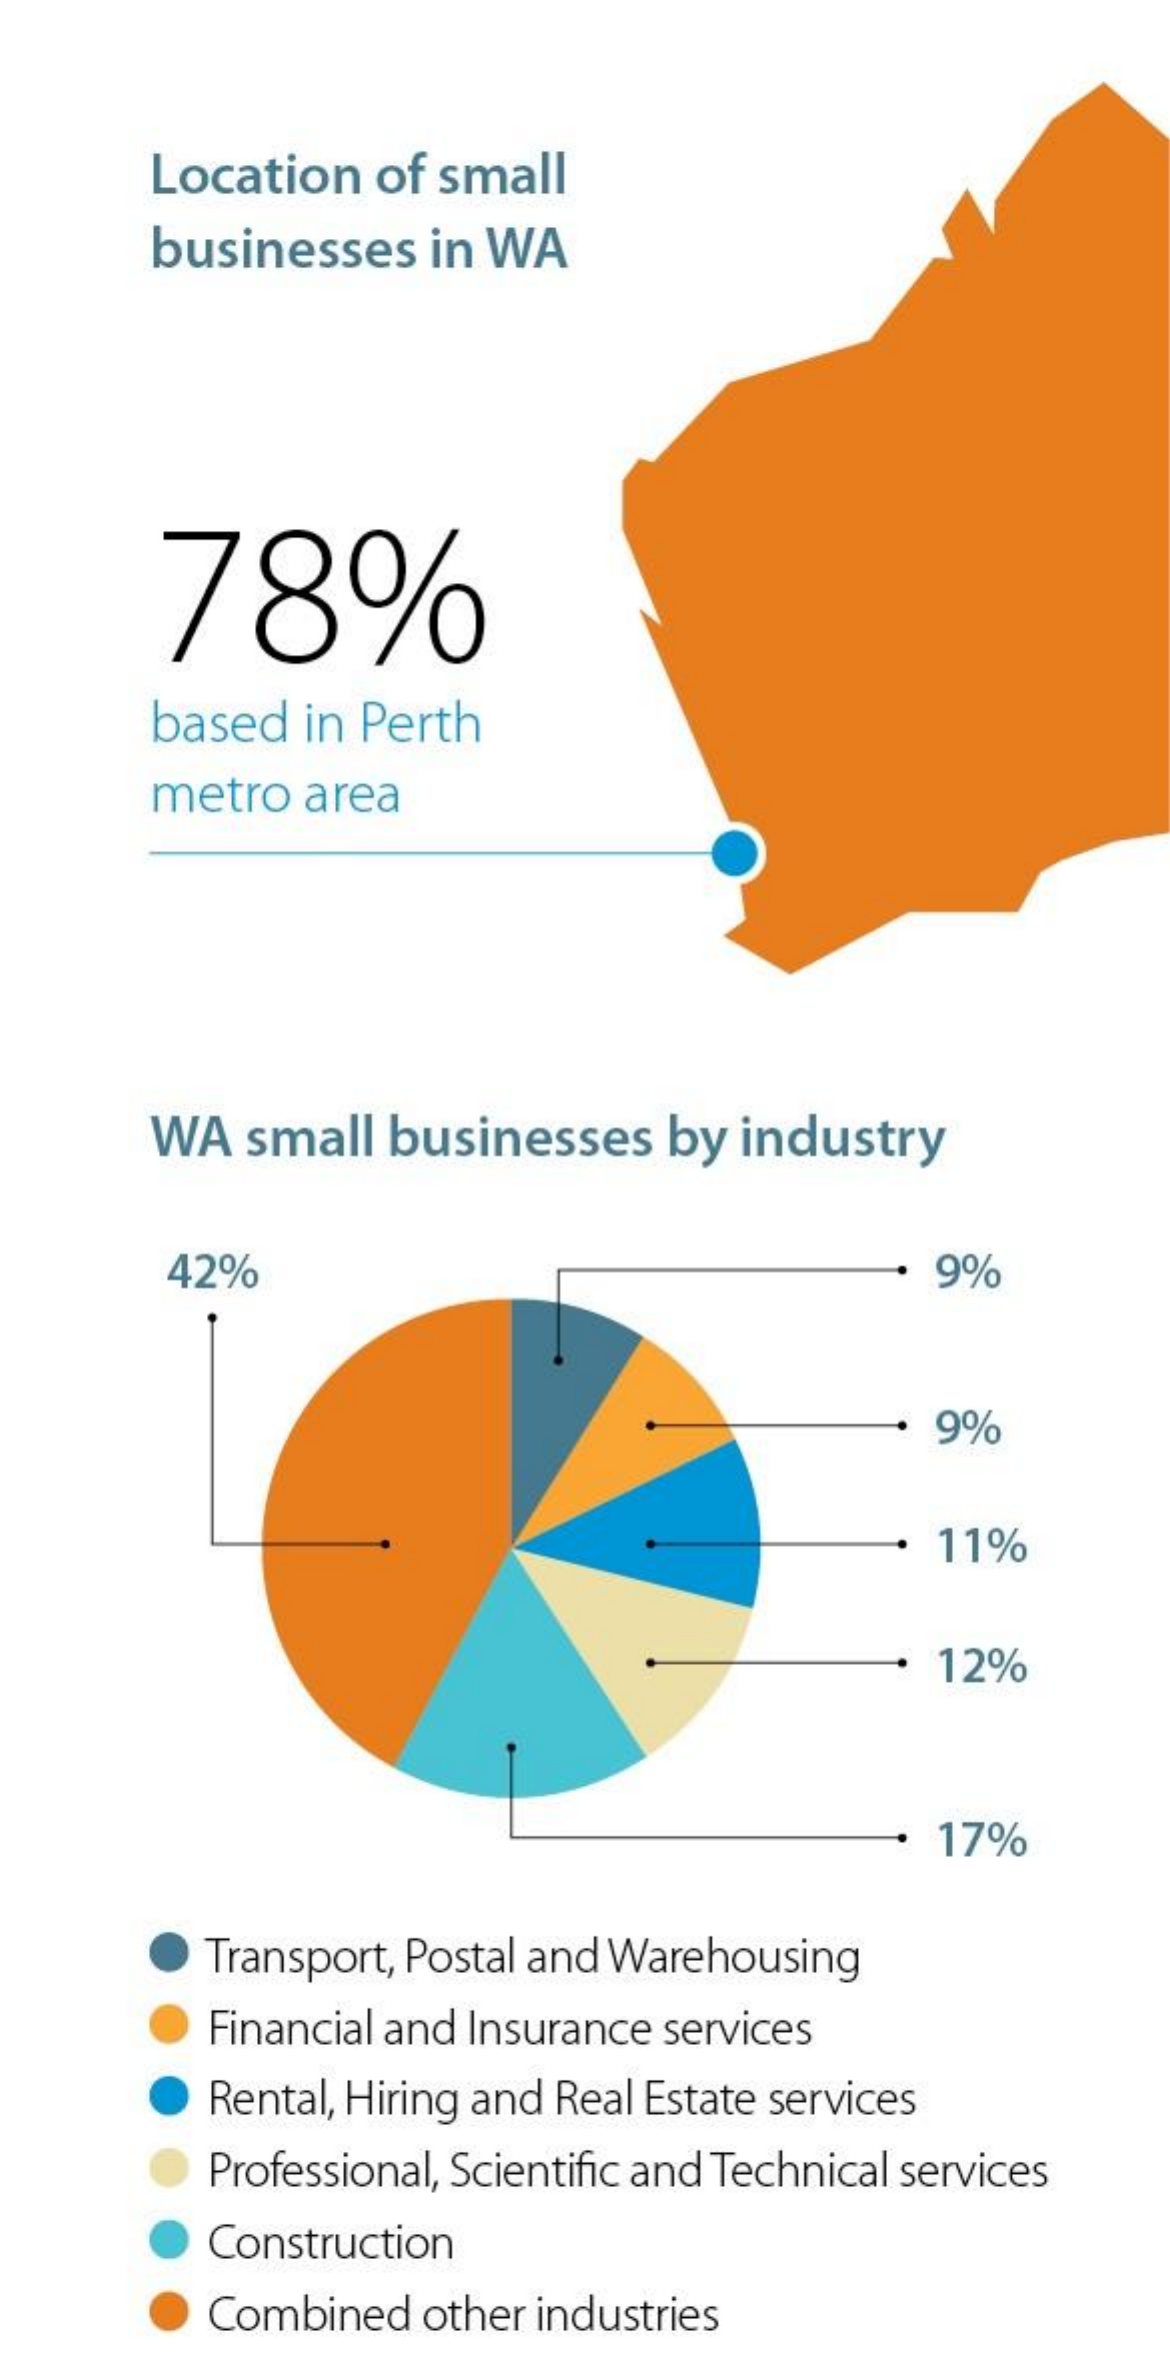
Location   of  small
     businesses    in WA
     78%
     based   in Perth
     metro   area
     WA   small  businesses    by  industry
     42%    9%
     9%
     11%
     12%
     17%
     Transport, Postal and Warehousing
     Financial and Insurance services
     Rental, Hiring and Real Estate services
     Professional, Scientific and Technical services
     Construction
     Combined   other industries